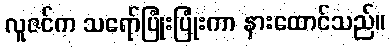
လူဇင်က သရော်ပြုံးပြုံးကာ နားထောင်သည်။